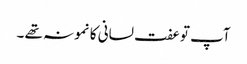
آپ توعفت لسانی کا نمونہ تھے ۔